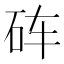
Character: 砗